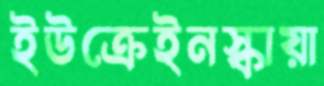
ইউক্রেইনস্কায়া